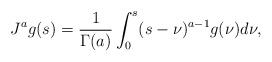
\begin{align*}J^a g(s) = \frac{1}{\Gamma(a)} \int_0^s (s-\nu)^{a-1} g(\nu) d\nu,\end{align*}